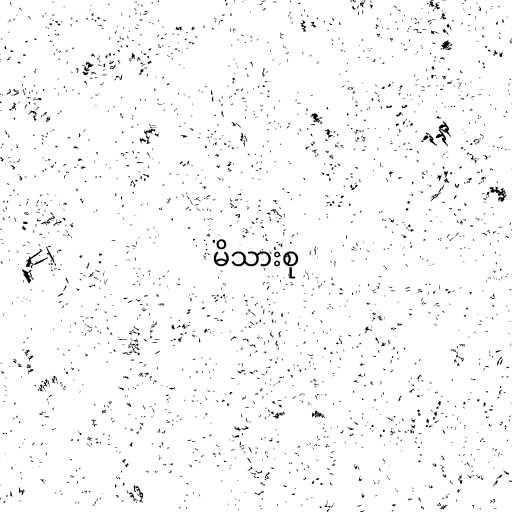
မိသားစု